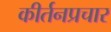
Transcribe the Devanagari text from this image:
कीर्तनप्रचार